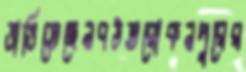
ভাঙিতেছেনবউতরোকনপুরের